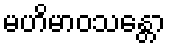
မဟိမာဝသန္တော